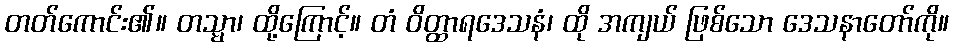
တတ်ကောင်း၏။ တသ္မာ၊ ထို့ကြောင့်။ တံ ဝိတ္ထာရဒေသနံ၊ ထို အကျယ် ဖြစ်သော ဒေသနာတော်ကို။